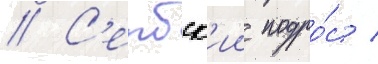
// С'ербск'ии подро́с /